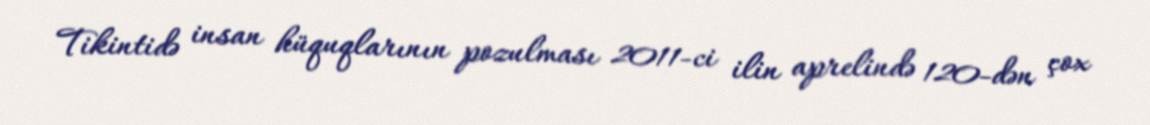
Tikintidə insan hüquqlarının pozulması 2011-ci ilin aprelində 120-dən çox